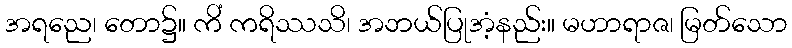
အရညေ၊ တော၌။ ကိံ ကရိဿသိ၊ အဘယ်ပြုအံ့နည်း။ မဟာရာဇ၊ မြတ်သော